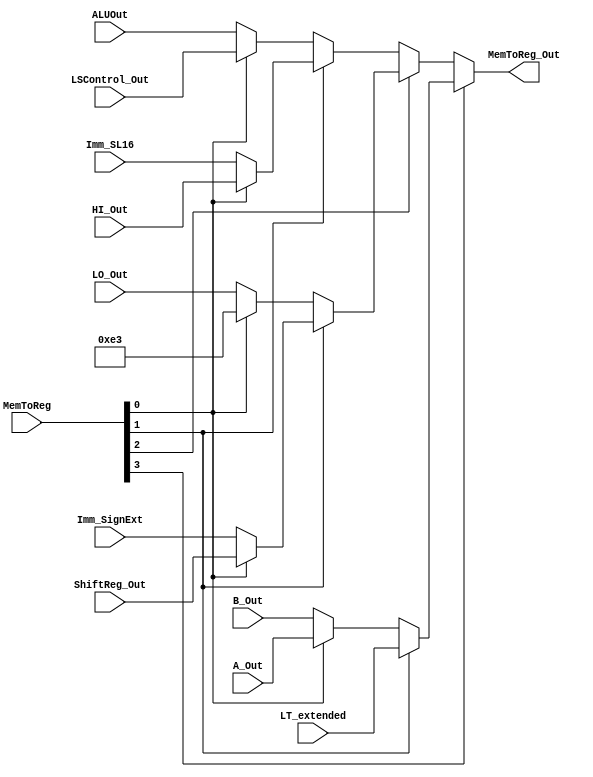
module mux_MemToReg (
    input  wire [3:0]  MemToReg,
    input  wire [31:0] ALUOut,
    input  wire [31:0] LSControl_Out,
    input  wire [31:0] Imm_SL16,
    input  wire [31:0] HI_Out,
    input  wire [31:0] LO_Out,
    input  wire [31:0] Imm_SignExt,
    input  wire [31:0] ShiftReg_Out,
    input  wire [31:0] B_Out,
    input  wire [31:0] A_Out,
    input  wire [31:0] LT_extended,
    output wire [31:0] MemToReg_Out
);

//   input 0 (0000): ALUOut
//   input 1 (0001): LSControl_Out
//   input 2 (0010): Imm_SL16
//   input 3 (0011): HI_Out
//   input 4 (0100): LO_Out
//   input 5 (0101): 227
//   input 6 (0110): Imm_SignExt
//   input 7 (0111): ShiftReg_Out
//   input 8 (1000): B_Out
//   input 9 (1001): A_Out
//   input 10(1010): LT_extended

    wire [31:0] w1xxx;
    wire [31:0] w0xxx;
    wire [31:0] w100x;
    wire [31:0] w01xx;
    wire [31:0] w00xx;
    wire [31:0] w011x;
    wire [31:0] w010x;
    wire [31:0] w001x;
    wire [31:0] w000x;

    assign w000x = (MemToReg[0]) ? LSControl_Out : ALUOut;
    assign w001x = (MemToReg[0]) ? HI_Out : Imm_SL16;
    assign w00xx = (MemToReg[1]) ? w001x : w000x;

    assign w010x = (MemToReg[0]) ? 32'b00000000000000000000000011100011 : LO_Out;
    assign w011x = (MemToReg[0]) ? ShiftReg_Out : Imm_SignExt;
    assign w01xx = (MemToReg[1]) ? w011x : w010x;

    assign w0xxx = (MemToReg[2]) ? w01xx : w00xx;

    assign w100x = (MemToReg[0]) ? A_Out : B_Out;
    assign w1xxx = (MemToReg[1]) ? LT_extended : w100x;

    assign MemToReg_Out = (MemToReg[3]) ? w1xxx : w0xxx;

endmodule